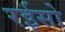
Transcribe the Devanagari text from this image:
रईसो